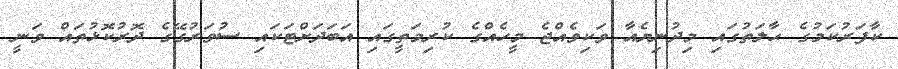
ކާފަރުކަމުގެ ޙާލަތުގައި މިދުނިޔެއާ ވަކިވެއްޖެ މީހެއްގެ ކުރިމަތީގައި އަބަދަށްޓަކައި ސުވަރުގޭގެ ދޮރުކޮޅުތައް ވަނީ